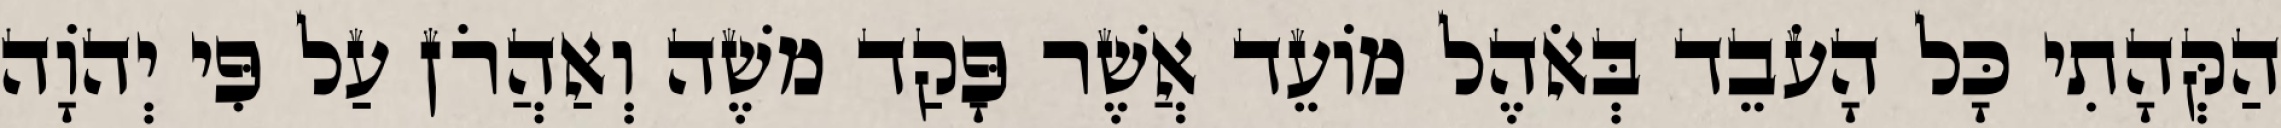
הַקְּהָתִי כָּל הָעֹבֵד בְּאֹהֶל מוֹעֵד אֲשֶׁר פָּקַד משֶׁה וְאַהֲרֹן עַל פִּי יְהוָֹה